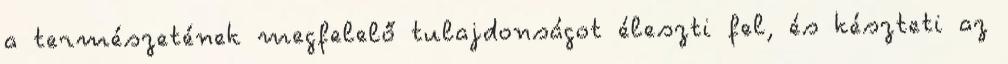
a természetének megfelelő tulajdonságot éleszti fel, és készteti az